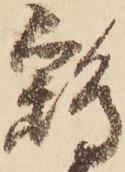
鷂